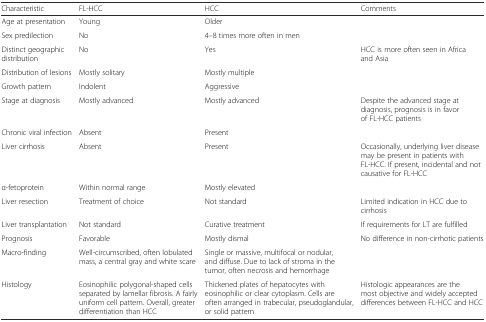
| Characteristic | FL-HCC | HCC | Comments |
 | --- | --- | --- | --- |
 | Age at presentation | Young | Older |  |
 | Sex predilection | No | 4–8 times more often in men |  |
 | Distinct geographic distribution | No | Yes | HCC is more often seen in Africa and Asia |
 | Distribution of lesions | Mostly solitary | Mostly multiple |  |
 | Growth pattern | Indolent | Aggressive |  |
 | Stage at diagnosis | Mostly advanced | Mostly advanced | Despite the advanced stage at diagnosis, prognosis is in favor of FL-HCC patients |
 | Chronic viral infection | Absent | Present |  |
 | Liver cirrhosis | Absent | Present | Occasionally, underlying liver disease may be present in patients with FL-HCC. If present, incidental and not causative for FL-HCC |
 | α-fetoprotein | Within normal range | Mostly elevated |  |
 | Liver resection | Treatment of choice | Not standard | Limited indication in HCC due to cirrhosis |
 | Liver transplantation | Not standard | Curative treatment | If requirements for LT are fulfilled |
 | Prognosis | Favorable | Mostly dismal | No difference in non-cirrhotic patients |
 | Macro-finding | Well-circumscribed, often lobulated mass, a central gray and white scare | Single or massive, multifocal or nodular, and diffuse. Due to lack of stroma in the tumor, often necrosis and hemorrhage |  |
 | Histology | Eosinophilic polygonal-shaped cells separated by lamellar fibrosis. A fairly uniform cell pattern. Overall, greater differentiation than HCC | Thickened plates of hepatocytes with eosinophilic or clear cytoplasm. Cells are often arranged in trabecular, pseudoglandular, or solid pattern | Histologic appearances are the most objective and widely accepted differences between FL-HCC and HCC |